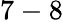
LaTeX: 7-8